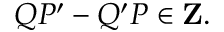
Q P ^ { \prime } - Q ^ { \prime } P \in { \bf Z } .